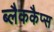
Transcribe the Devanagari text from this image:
ब्लैककैप्स